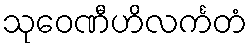
သုဝေဏီဟိလင်္ကတံ